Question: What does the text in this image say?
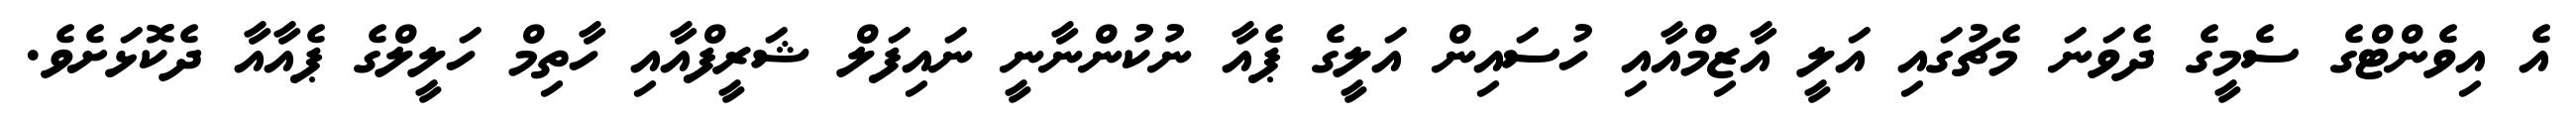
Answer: އެ އިވެންޓްގެ ސެމީގެ ދެވަނަ މެޗުގައި އަލީ އާޒިމްއާއި ހުސައިން އަލީގެ ޕެއާ ނުކުންނާނީ ނައިފަލް ޝަރީފްއާއި ހާތިމް ހަލީލްގެ ޕެއާއާ ދެކޮޅަށެވެ.